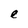
Character: e